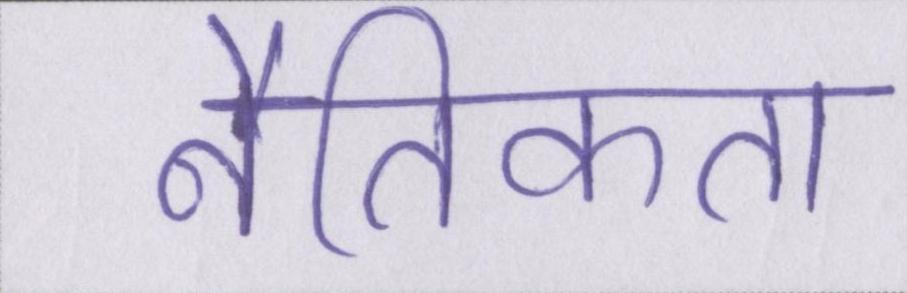
नैतिकता